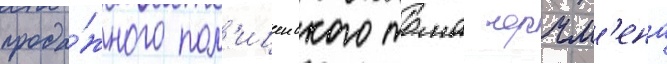
прода́жного пол'ицеиского тома черчм'ена